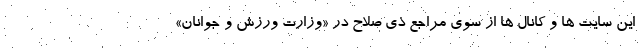
این سایت ها و کانال ها از سوی مراجع ذی صلاح در «وزارت ورزش و جوانان»